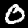
Label: 0